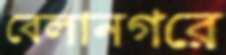
বেলানগরে